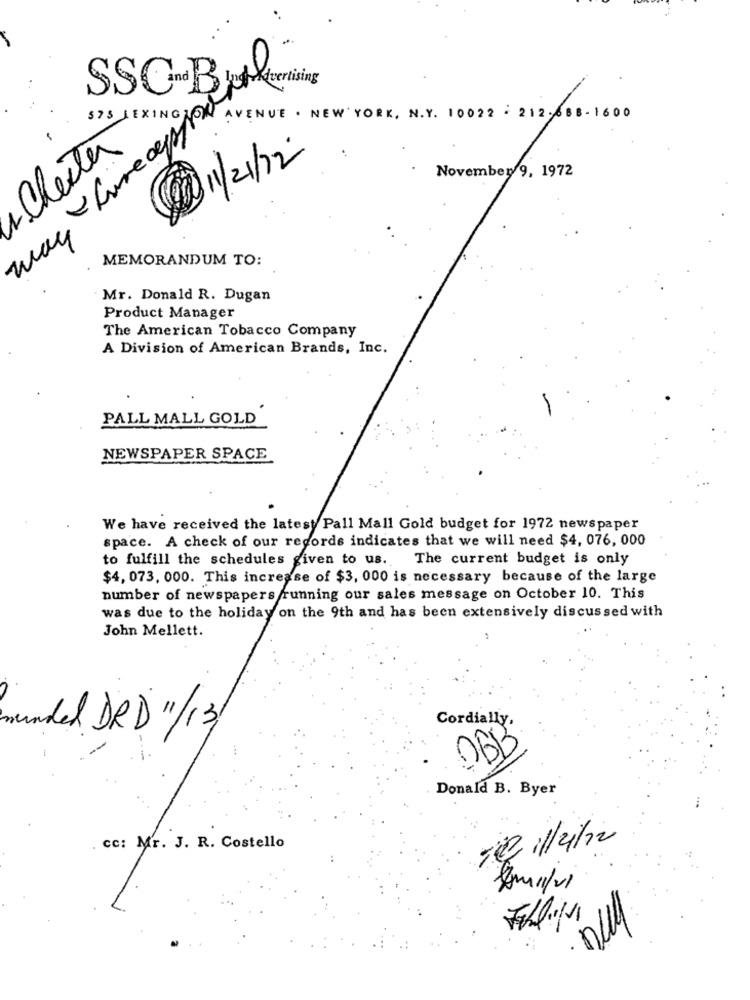
SSC- By Pouring
$75 LEXINON
way farer INE. NEW ; 212.66
-Chester
11/21/2
November 9, 1972
MEMORANDUM TO:
Mr. Donald R. Dugan
Product Manager
The American Tobacco Company
A Division of American Brands, Inc.
PALL MALL GOLD
NEWSPAPER SPACE
We have received the latest Pall Mall Gold budget for 1972 newspaper
space. A check of our records indicates that we will need $4, 076, 000
to fulfill the schedules given to us. The current budget is only
$4, 073, 000. This increase of $3, 000 is necessary because of the large
number of newspapers running our sales message on October 10. This
was due to the holiday on the 9th and has been extensively discussed with
John Mellett.
Cordially.
munded DRD "/13/
OBB
Donald B. Byer
cc: Mr. J. R. Costello
11/2/22